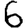
Digit: 6